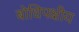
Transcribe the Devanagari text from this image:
बोधिपक्षीय